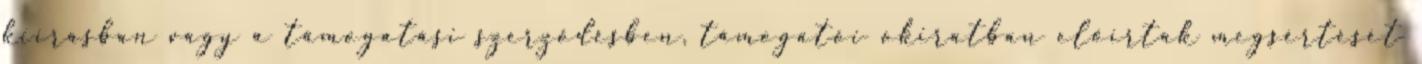
kiírásban vagy a támogatási szerződésben, támogatói okiratban előírtak megsértését